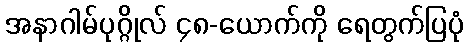
အနာဂါမ်ပုဂ္ဂိုလ် ၄၈-ယောက်ကို ရေတွက်ပြပုံ